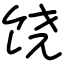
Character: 饶